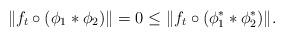
LaTeX: \begin{align*} \| f_t \circ ( \phi_1 * \phi_2 ) \| = 0 \leq \| f_t \circ ( \phi_1^* * \phi_2^* ) \|. \end{align*}